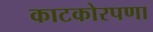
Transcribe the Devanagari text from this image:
काटकोरपणा